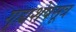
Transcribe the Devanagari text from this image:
गृह्यशेषसूत्र